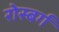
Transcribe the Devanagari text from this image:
रोस्बर्ग